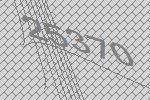
25370